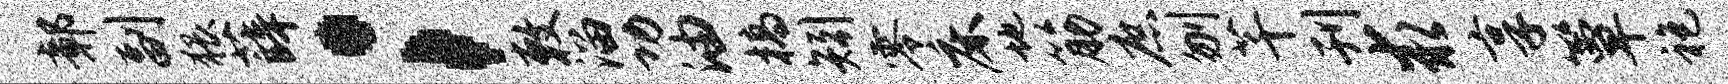
鄣副猥薛；敕溜功油槁矧零床地筋庶刎芊刊求享簟袍